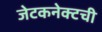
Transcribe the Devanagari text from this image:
जेटकनेक्टची